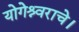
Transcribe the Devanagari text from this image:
योगेश्र्वराचे।